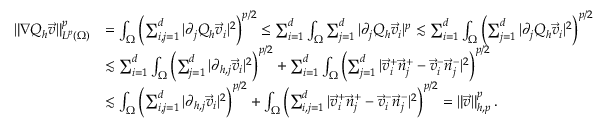
\begin{array} { r l } { \| \nabla Q _ { h } \vec { v } \| _ { L ^ { p } ( \Omega ) } ^ { p } } & { = \int _ { \Omega } \left( \sum _ { i , j = 1 } ^ { d } | \partial _ { j } Q _ { h } \vec { v } _ { i } | ^ { 2 } \right) ^ { p / 2 } \leq \sum _ { i = 1 } ^ { d } \int _ { \Omega } \sum _ { j = 1 } ^ { d } | \partial _ { j } Q _ { h } \vec { v } _ { i } | ^ { p } \lesssim \sum _ { i = 1 } ^ { d } \int _ { \Omega } \left( \sum _ { j = 1 } ^ { d } | \partial _ { j } Q _ { h } \vec { v } _ { i } | ^ { 2 } \right) ^ { p / 2 } } \\ & { \lesssim \sum _ { i = 1 } ^ { d } \int _ { \Omega } \left( \sum _ { j = 1 } ^ { d } | \partial _ { h , j } \vec { v } _ { i } | ^ { 2 } \right) ^ { p / 2 } + \sum _ { i = 1 } ^ { d } \int _ { \Omega } \left( \sum _ { j = 1 } ^ { d } | \vec { v } _ { i } ^ { + } \vec { n } _ { j } ^ { + } - \vec { v } _ { i } ^ { - } \vec { n } _ { j } ^ { - } | ^ { 2 } \right) ^ { p / 2 } } \\ & { \lesssim \int _ { \Omega } \left( \sum _ { i , j = 1 } ^ { d } | \partial _ { h , j } \vec { v } _ { i } | ^ { 2 } \right) ^ { p / 2 } + \int _ { \Omega } \left( \sum _ { i , j = 1 } ^ { d } | \vec { v } _ { i } ^ { + } \vec { n } _ { j } ^ { + } - \vec { v } _ { i } ^ { - } \vec { n } _ { j } ^ { - } | ^ { 2 } \right) ^ { p / 2 } = \| \vec { v } \| _ { h , p } ^ { p } \, . } \end{array}